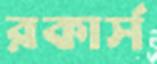
রকার্স